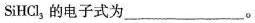
SiHCl_{3}的电子式为___。